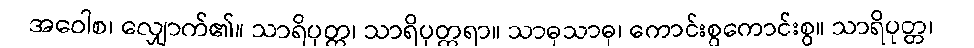
အဝေါစ၊ လျှောက်၏။ သာရိပုတ္တ၊ သာရိပုတ္တရာ။ သာဓုသာဓု၊ ကောင်းစွကောင်းစွ။ သာရိပုတ္တ၊